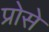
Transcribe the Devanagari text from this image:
प्रोसे